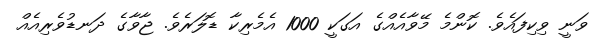
ވަނީ ވިކިފައެވެ. ކޮންމެ މޭވާއެއްގެ އަގަކީ 1000 އެމެރިކާ ޑޮލަރެވެ. ޖާވާގެ ދަނޑުވެރިއެއް